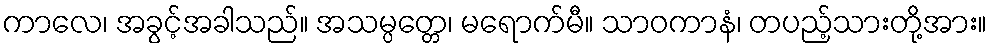
ကာလေ၊ အခွင့်အခါသည်။ အသမ္ပတ္တေ၊ မရောက်မီ။ သာဝကာနံ၊ တပည့်သားတို့အား။